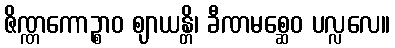
ဇိဏ္ဏကောဉ္စာဝ ဈာယန္တိ၊ ခီဏမစ္ဆေဝ ပလ္လလေ။